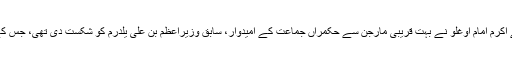
یاد رہے کہ 31 مارچ کو ہونے والے میئر کے انتخاب میں اپوزیشن ریپبلکن پیپلز پارٹی کے اکرم امام اوغلو نے بہت قریبی مارجن سے حکمراں جماعت کے امیدوار، سابق وزیراعظم بن علی یلدرم کو شکست دی تھی، جس کے بعد انتخابات میں سامنے آنے والے بے ضابطگیوں نے انتخابی نتائج کو غیر قانونی بنادیا۔